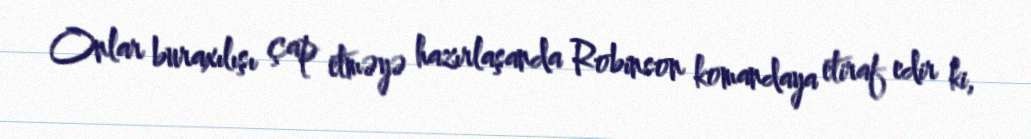
Onlar buraxılışı çap etməyə hazırlaşanda Robinson komandaya etiraf edir ki,